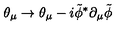
\theta _ { \mu } \to \theta _ { \mu } - i { \tilde { \phi } } ^ { * } \partial _ { \mu } { \tilde { \phi } }